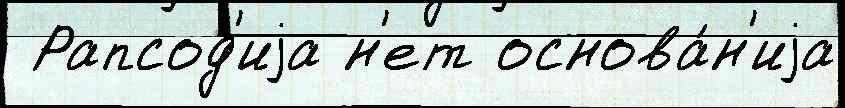
 Рапсод'иjа н'ет основа́н'иjа